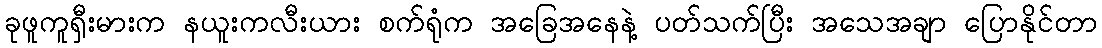
ခုဖူကူရှီးမားက နယူးကလီးယား စက်ရုံက အခြေအနေနဲ့ ပတ်သက်ပြီး အသေအချာ ပြောနိုင်တာ